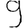
Digit: 9